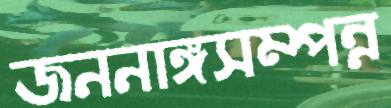
জননাঙ্গসম্পন্ন